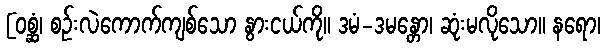
[ဝစ္ဆံ၊ စဉ်းလဲကောက်ကျစ်သော နွားငယ်ကို။ ဒမံ-ဒမန္တော၊ ဆုံးမလိုသော။ နရော၊